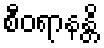
စီဝရာနန္တိ